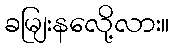
ခမျြးနလေို့လား။